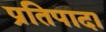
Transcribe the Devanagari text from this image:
प्रतिपादा